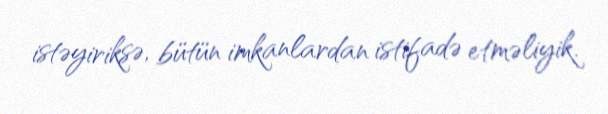
istəyiriksə, bütün imkanlardan istifadə etməliyik.